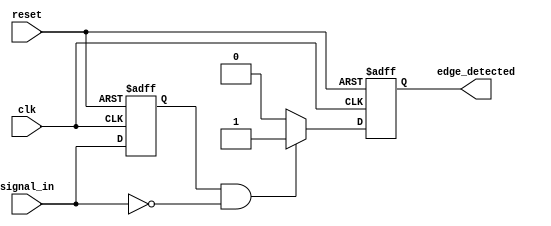
module negative_edge_detector (
    input wire clk,            // Clock signal
    input wire reset,          // Reset signal
    input wire signal_in,      // Input signal to detect negative edge
    output reg edge_detected    // Output signal indicating a negative edge
);

    reg signal_in_prev;        // Register to hold the previous state of signal_in

    // Always block triggered on the rising edge of the clock
    always @(posedge clk or posedge reset) begin
        if (reset) begin
            signal_in_prev <= 1'b0;  // Initialize previous state to low on reset
            edge_detected <= 1'b0;    // Initialize edge_detected to low on reset
        end else begin
            // Edge detection logic
            if (signal_in_prev == 1'b1 && signal_in == 1'b0) begin
                edge_detected <= 1'b1;  // Negative edge detected
            end else begin
                edge_detected <= 1'b0;   // No edge detected
            end
            
            // Update previous state
            signal_in_prev <= signal_in; // Store the current state for next comparison
        end
    end

endmodule